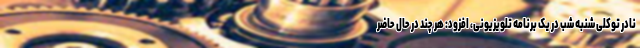
نادر توکلی شنبه شب در یک برنامه تلویزیونی، افزود: هر چند در حال حاضر